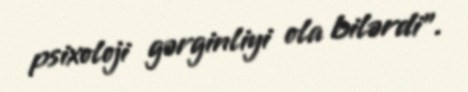
psixoloji gərginliyi ola bilərdi".